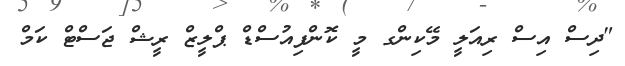
"ދިސް އިސް ރިއަލީ މޭކިންގ މީ ކޮންފިއުސްޑް ޕްލީޒް ރީޝް ޖަސްޓް ކަމް